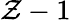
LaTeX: \mathcal{Z}-1